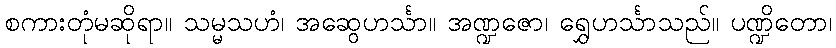
စကားတုံမဆိုရာ။ သမ္မသဟံ၊ အဆွေဟင်္သာ။ အဏ္ဍဇော၊ ရွှေဟင်္သာသည်။ ပဏ္ဍိတော၊